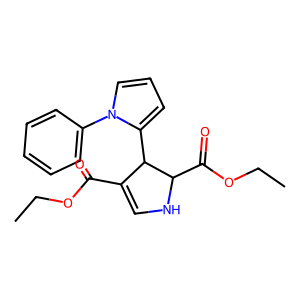
SMILES: CCOC(=O)C1=CNC(C(=O)OCC)C1c1cccn1-c1ccccc1
Inhibits HIV replication: No